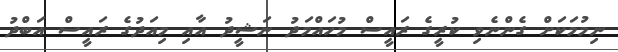
ނިމުމަކަށް ގެންނެވި ކުރީގެ ރައީސް މުހައްމަދު ނަޝީދު އާއި މިއަދުގެ ރައީސް އަބްދު